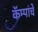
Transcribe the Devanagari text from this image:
कॅम्पांचे